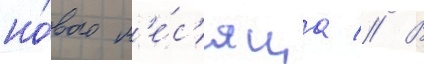
но́вого м'е́с'яца // В